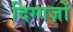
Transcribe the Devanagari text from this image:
दिग्गज़ों